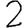
Digit: 2